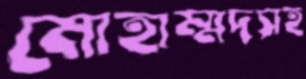
মোহাম্মদসহ